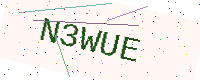
Text: N3WUE